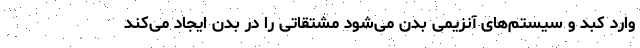
وارد کبد و سیستم‌های آنزیمی بدن می‌شود مشتقاتی را در بدن ایجاد می‌کند